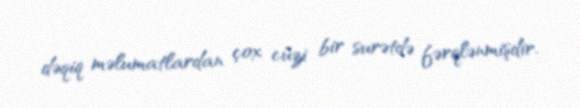
dəqiq məlumatlardan çox cüzi bir surətdə fərqlənmişdir.